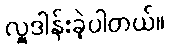
လှူဒါန်းခဲ့ပါတယ်။